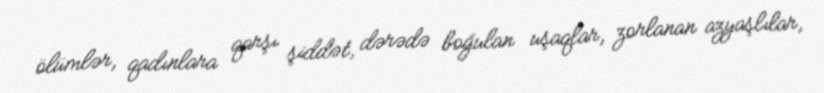
ölümlər, qadınlara qarşı şiddət, dərədə boğulan uşaqlar, zorlanan azyaşlılar,